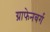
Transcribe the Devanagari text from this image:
ग्राफेनबर्ग